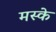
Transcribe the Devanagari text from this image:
मस्के